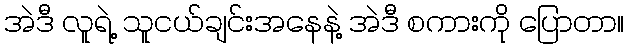
အဲဒီ လူရဲ့ သူငယ်ချင်းအနေနဲ့ အဲဒီ စကားကို ပြောတာ။